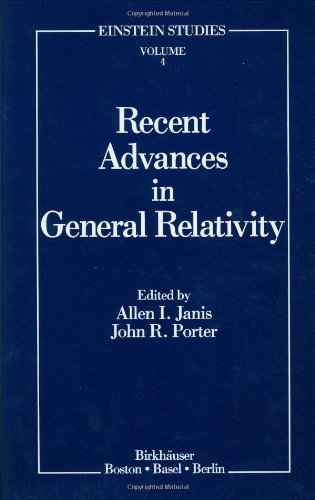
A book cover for Recent Advances in General Relativity (Einstein Studies); Science & Math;